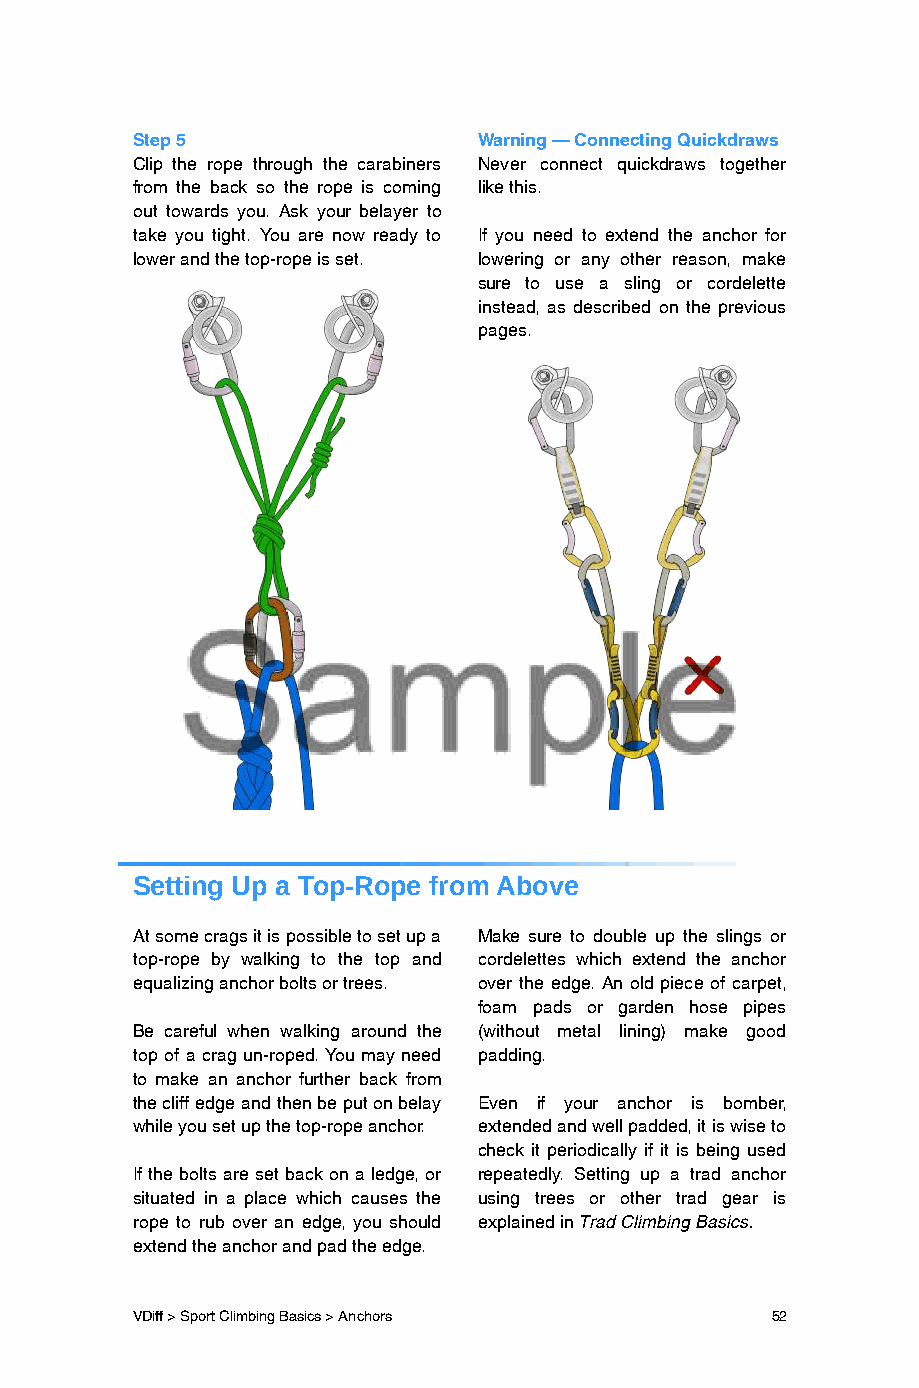
Step 5                 Warning – Connecting Quickdraws
 Clip the rope through the carabiners Never connect quickdraws together
 from the back so the rope is coming like this.
 out towards you. Ask your belayer to
 take you tight. You are now ready to If you need to extend the anchor for
 lower and the top-rope is set. lowering or any other reason, make
 sure to use a sling or cordelette
 instead, as described on the previous
 pages.
 Setting Up a Top-Rope from Above
 At some crags it is possible to set up a Make sure to double up the slings or
 top-rope by walking to the top and cordelettes which extend the anchor
 equalizing anchor bolts or trees. over the edge. An old piece of carpet,
 foam pads or garden hose pipes
 Be careful when walking around the (without metal lining) make good
 top of a crag un-roped. You may need padding.
 to make an anchor further back from
 the cliff edge and then be put on belay Even if your anchor is bomber,
 while you set up the top-rope anchor. extended and well padded, it is wise to
 check it periodically if it is being used
 If the bolts are set back on a ledge, or repeatedly. Setting up a trad anchor
 situated in a place which causes the using trees or other trad gear is
 rope to rub over an edge, you should explained in Trad Climbing Basics.
 extend the anchor and pad the edge.
 VDiff > Sport Climbing Basics > Anchors   52